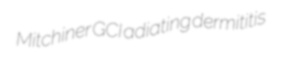
Mitchiner GCI adiating dermititis